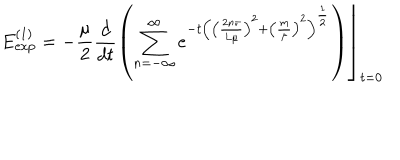
LaTeX: E _ { \exp } ^ { \left( 1 \right) } = \left. - \frac \mu 2 \frac d { d t } \left( \sum _ { n = - \infty } ^ { \infty } e ^ { - t \left( \left( \frac { 2 n \pi } { L \mu } \right) ^ { 2 } + \left( \frac m \mu \right) ^ { 2 } \right) ^ { \frac 1 2 } } \right) \right\rfloor _ { t = 0 }